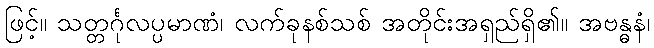
ဖြင့်။ သတ္တင်္ဂုလပ္ပမာဏံ၊ လက်ခုနစ်သစ် အတိုင်းအရှည်ရှိ၏။ အဗန္ဓနံ၊